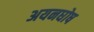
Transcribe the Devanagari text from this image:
अयनघोष